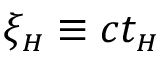
\xi _ { { \scriptscriptstyle H } } \equiv c t _ { { \scriptscriptstyle H } }